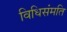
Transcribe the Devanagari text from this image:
विधिसंमति